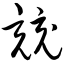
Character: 竞